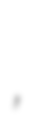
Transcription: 茂輝,